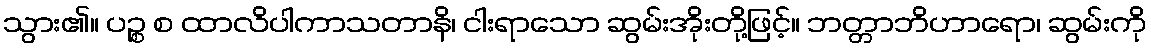
သွား၏။ ပဉ္စ စ ထာလိပါကာသတာနိ၊ ငါးရာသော ဆွမ်းအိုးတို့ဖြင့်။ ဘတ္တာဘိဟာရော၊ ဆွမ်းကို